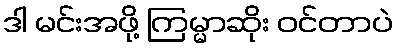
ဒါ မင်းအဖို့ ကြမ္မာဆိုး ဝင်တာပဲ